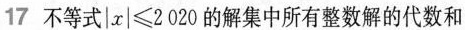
17 不等式$$| x | ≤ 2 0 2 0$$的解集中所有整数解的代数和